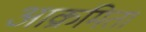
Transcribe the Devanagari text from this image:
आक्रमिता